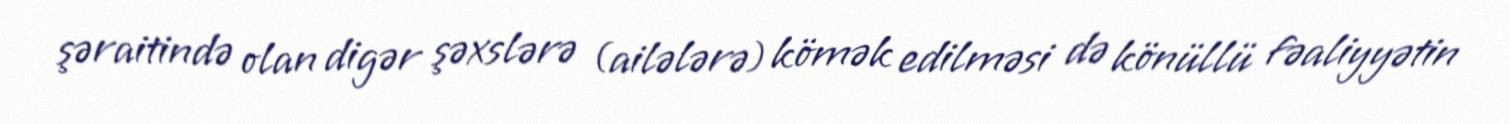
şəraitində olan digər şəxslərə (ailələrə) kömək edilməsi də könüllü fəaliyyətin